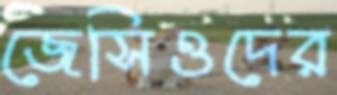
জেসিওদের